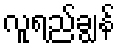
လူရည်ချွန်